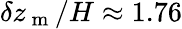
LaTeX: \delta z_{\mathrm{~m~}}/H\approx 1.76